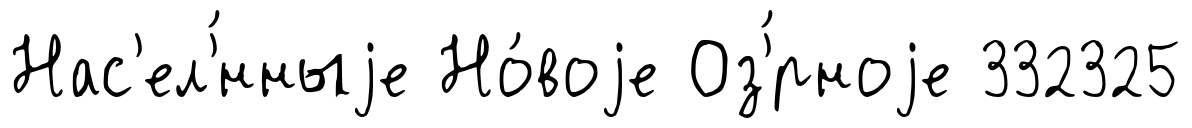
Нас'ел'́нныjе Но́воjе Оз'́рноjе 332325